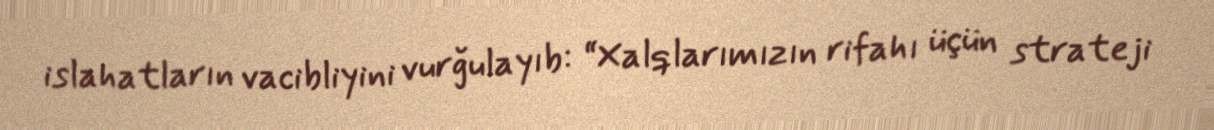
islahatların vacibliyini vurğulayıb: “Xalqlarımızın rifahı üçün strateji